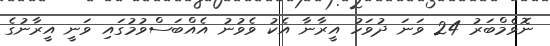
ނޮވެމްބަރު 24 ވަނަ ދުވަހު އީރާނާ އެކު ވެވުނު އެއްބަސްވުމުގައި ވަނީ އީރާނުގެ